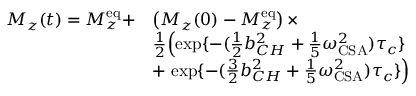
\begin{array} { r l } { M _ { z } ( t ) = M _ { z } ^ { \mathrm { e q } } + } & { \left( M _ { z } ( 0 ) - M _ { z } ^ { \mathrm { e q } } \right) \times } \\ & { \frac { 1 } { 2 } \! \left( \exp \{ - ( \frac { 1 } { 2 } b _ { C H } ^ { 2 } + \frac { 1 } { 5 } \omega _ { \mathrm { C S A } } ^ { 2 } ) \tau _ { c } \} \right. } \\ & { + \left. \exp \{ - ( \frac { 3 } { 2 } b _ { C H } ^ { 2 } + \frac { 1 } { 5 } \omega _ { \mathrm { C S A } } ^ { 2 } ) \tau _ { c } \} \right) } \end{array}